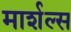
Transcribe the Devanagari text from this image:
मार्शल्स